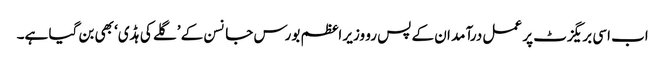
اب اسی بریگزٹ پر عمل درآمد ان کے پس رو وزیر اعظم بورس جانسن کے ’گلے کی ہڈی‘ بھی بن گیا ہے۔